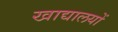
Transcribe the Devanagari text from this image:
खाद्यालयों